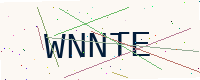
Text: WNNTE